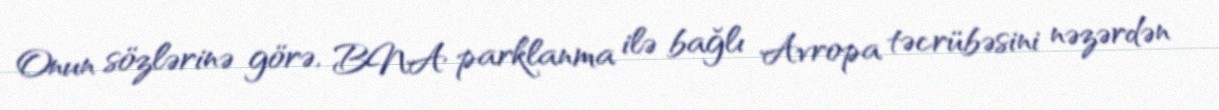
Onun sözlərinə görə, BNA parklanma ilə bağlı Avropa təcrübəsini nəzərdən